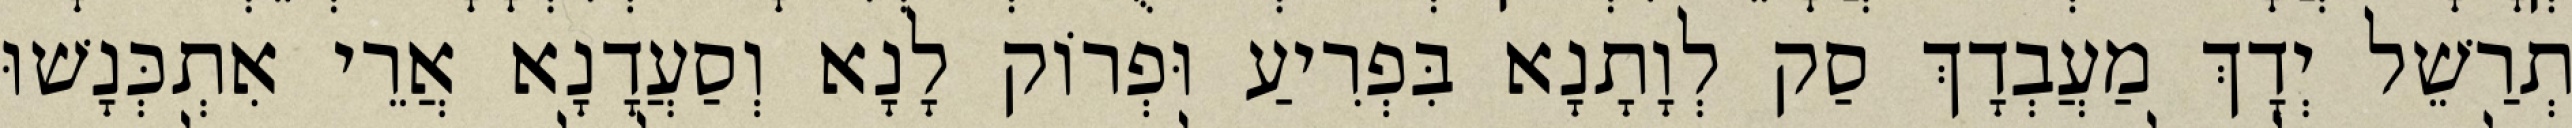
תְרַשֵׁל יְדָךְ מַעֲבְדָךְ סַק לְוָתָנָא בִּפְרִיעַ וּפְרוֹק לָנָא וְסַעֲדָנָא אֲרֵי אִתְכְּנָשׁוּ